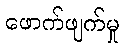
ဖောက်ဖျက်မှု